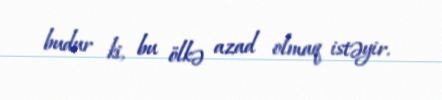
budur ki, bu ölkə azad olmaq istəyir.